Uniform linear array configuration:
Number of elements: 64
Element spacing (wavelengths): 0.25
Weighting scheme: uniform
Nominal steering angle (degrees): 0
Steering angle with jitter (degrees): -1.622
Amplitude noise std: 0.05
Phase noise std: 0.05

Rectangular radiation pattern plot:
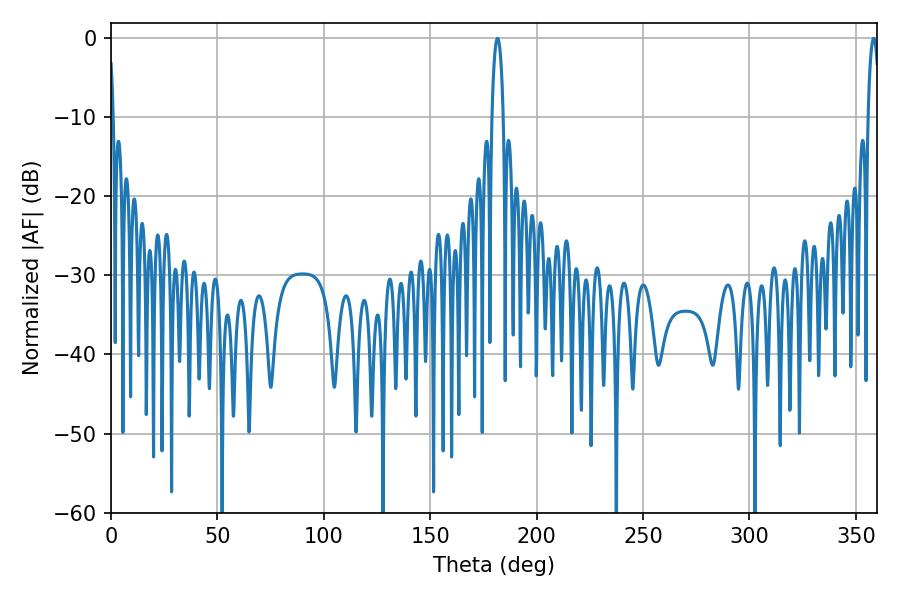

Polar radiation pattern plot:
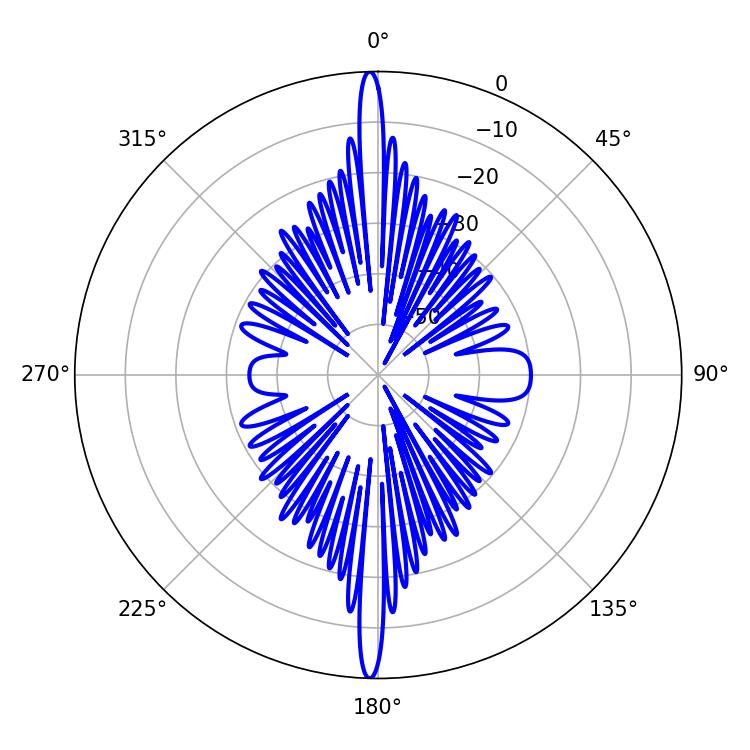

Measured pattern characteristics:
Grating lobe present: FALSE
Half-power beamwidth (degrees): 2.88
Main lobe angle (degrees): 181.62